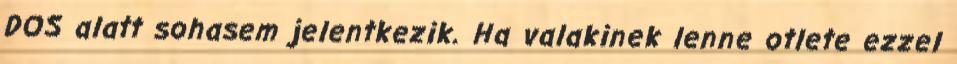
DOS alatt sohasem jelentkezik. Ha valakinek lenne otlete ezzel